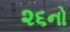
૨૬નો